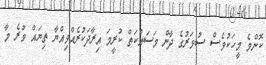
ކޮންމެ މީހަކުވެސް ސުވަރުގެ ދާން މަސައްކަތް ކުރީމަ އިރާދަކުރެއްވިއްޔާ ތިޔައް ވުރެ މާ